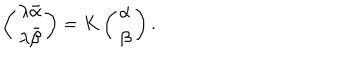
\left( \begin{matrix} { { \lambda \bar { \alpha } } } \\ { { \lambda \bar { \beta } } } \\ \end{matrix} \right) = K \left( \begin{matrix} { { \alpha } } \\ { { \beta } } \\ \end{matrix} \right) .